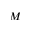
M